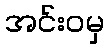
အင်းဝမှ